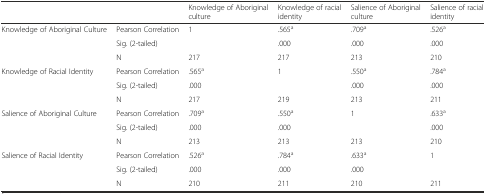
<table><thead><tr><td colspan="2">[EMPTY_CELL]</td><td><b>Knowledge of Aboriginal culture</b></td><td><b>Knowledge of racial identity</b></td><td><b>Salience of Aboriginal culture</b></td><td><b>Salience of racial identity</b></td></tr></thead><tbody><tr><td rowspan="3">Knowledge of Aboriginal Culture</td><td>Pearson Correlation</td><td>1</td><td>.565<sup>a</sup></td><td>.709<sup>a</sup></td><td>.526<sup>a</sup></td></tr><tr><td>Sig. (2-tailed)</td><td>[EMPTY_CELL]</td><td>.000</td><td>.000</td><td>.000</td></tr><tr><td>N</td><td>217</td><td>217</td><td>213</td><td>210</td></tr><tr><td rowspan="3">Knowledge of Racial Identity</td><td>Pearson Correlation</td><td>.565<sup>a</sup></td><td>1</td><td>.550<sup>a</sup></td><td>.784<sup>a</sup></td></tr><tr><td>Sig. (2-tailed)</td><td>.000</td><td>[EMPTY_CELL]</td><td>.000</td><td>.000</td></tr><tr><td>N</td><td>217</td><td>219</td><td>213</td><td>211</td></tr><tr><td rowspan="3">Salience of Aboriginal Culture</td><td>Pearson Correlation</td><td>.709<sup>a</sup></td><td>.550<sup>a</sup></td><td>1</td><td>.633<sup>a</sup></td></tr><tr><td>Sig. (2-tailed)</td><td>.000</td><td>.000</td><td>[EMPTY_CELL]</td><td>.000</td></tr><tr><td>N</td><td>213</td><td>213</td><td>213</td><td>210</td></tr><tr><td rowspan="3">Salience of Racial Identity</td><td>Pearson Correlation</td><td>.526<sup>a</sup></td><td>.784<sup>a</sup></td><td>.633<sup>a</sup></td><td>1</td></tr><tr><td>Sig. (2-tailed)</td><td>.000</td><td>.000</td><td>.000</td><td>[EMPTY_CELL]</td></tr><tr><td>N</td><td>210</td><td>211</td><td>210</td><td>211</td></tr></tbody></table>